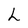
Character: L